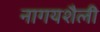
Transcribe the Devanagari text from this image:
नागयशैली